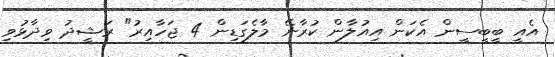
އެއީ ބީބީސީން އެކަން އިއުލާން ކުރާނޭ މާލެގަޑިން 4 ޖަހާއިރު" ރަޝީދު ވިދާޅުވި